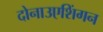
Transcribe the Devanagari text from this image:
दोनाउएशिंगन